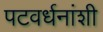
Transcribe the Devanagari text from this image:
पटवर्धनांशी